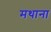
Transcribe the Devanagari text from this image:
मथाना